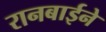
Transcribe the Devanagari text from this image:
रानबाईने